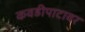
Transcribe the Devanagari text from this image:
कवडीपाटावर